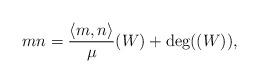
LaTeX: \begin{align*}mn = \frac{\langle m, n \rangle}{\mu} (W) + \deg((W)), \end{align*}